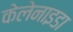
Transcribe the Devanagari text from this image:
केलेनाइडा